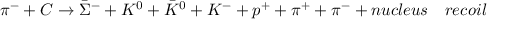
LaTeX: \pi ^ { - } + C \to { \bar { \Sigma } } ^ { - } + K ^ { 0 } + { \bar { K } } ^ { 0 } + K ^ { - } + p ^ { + } + \pi ^ { + } + \pi ^ { - } + n u c l e u s ~ ~ ~ r e c o i l